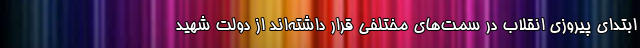
ابتدای پیروزی انقلاب در سمت‌های مختلفی قرار داشته‌اند از دولت شهید